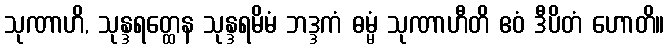
သုဏာဟိ, သုန္ဒရတ္ထေန သုန္ဒရမိမံ ဘဒ္ဒကံ ဓမ္မံ သုဏာဟီတိ ဧဝံ ဒီပိတံ ဟောတိ။